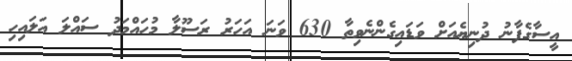
އީސާގެފާނު ދުނިޔެއަށް ވަޑައިގެންނެވިތާ 630 ވަނަ އަހަރު ރަސޫލާ މުހައްމަދު ސައްލަ އަލައިހި